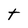
Character: t